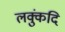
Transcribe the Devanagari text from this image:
लक्कुंदि